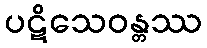
ပဋိသေဝန္တဿ